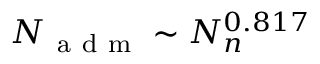
N _ { \mathrm { ~ a ~ d ~ m ~ } } \sim N _ { n } ^ { 0 . 8 1 7 }